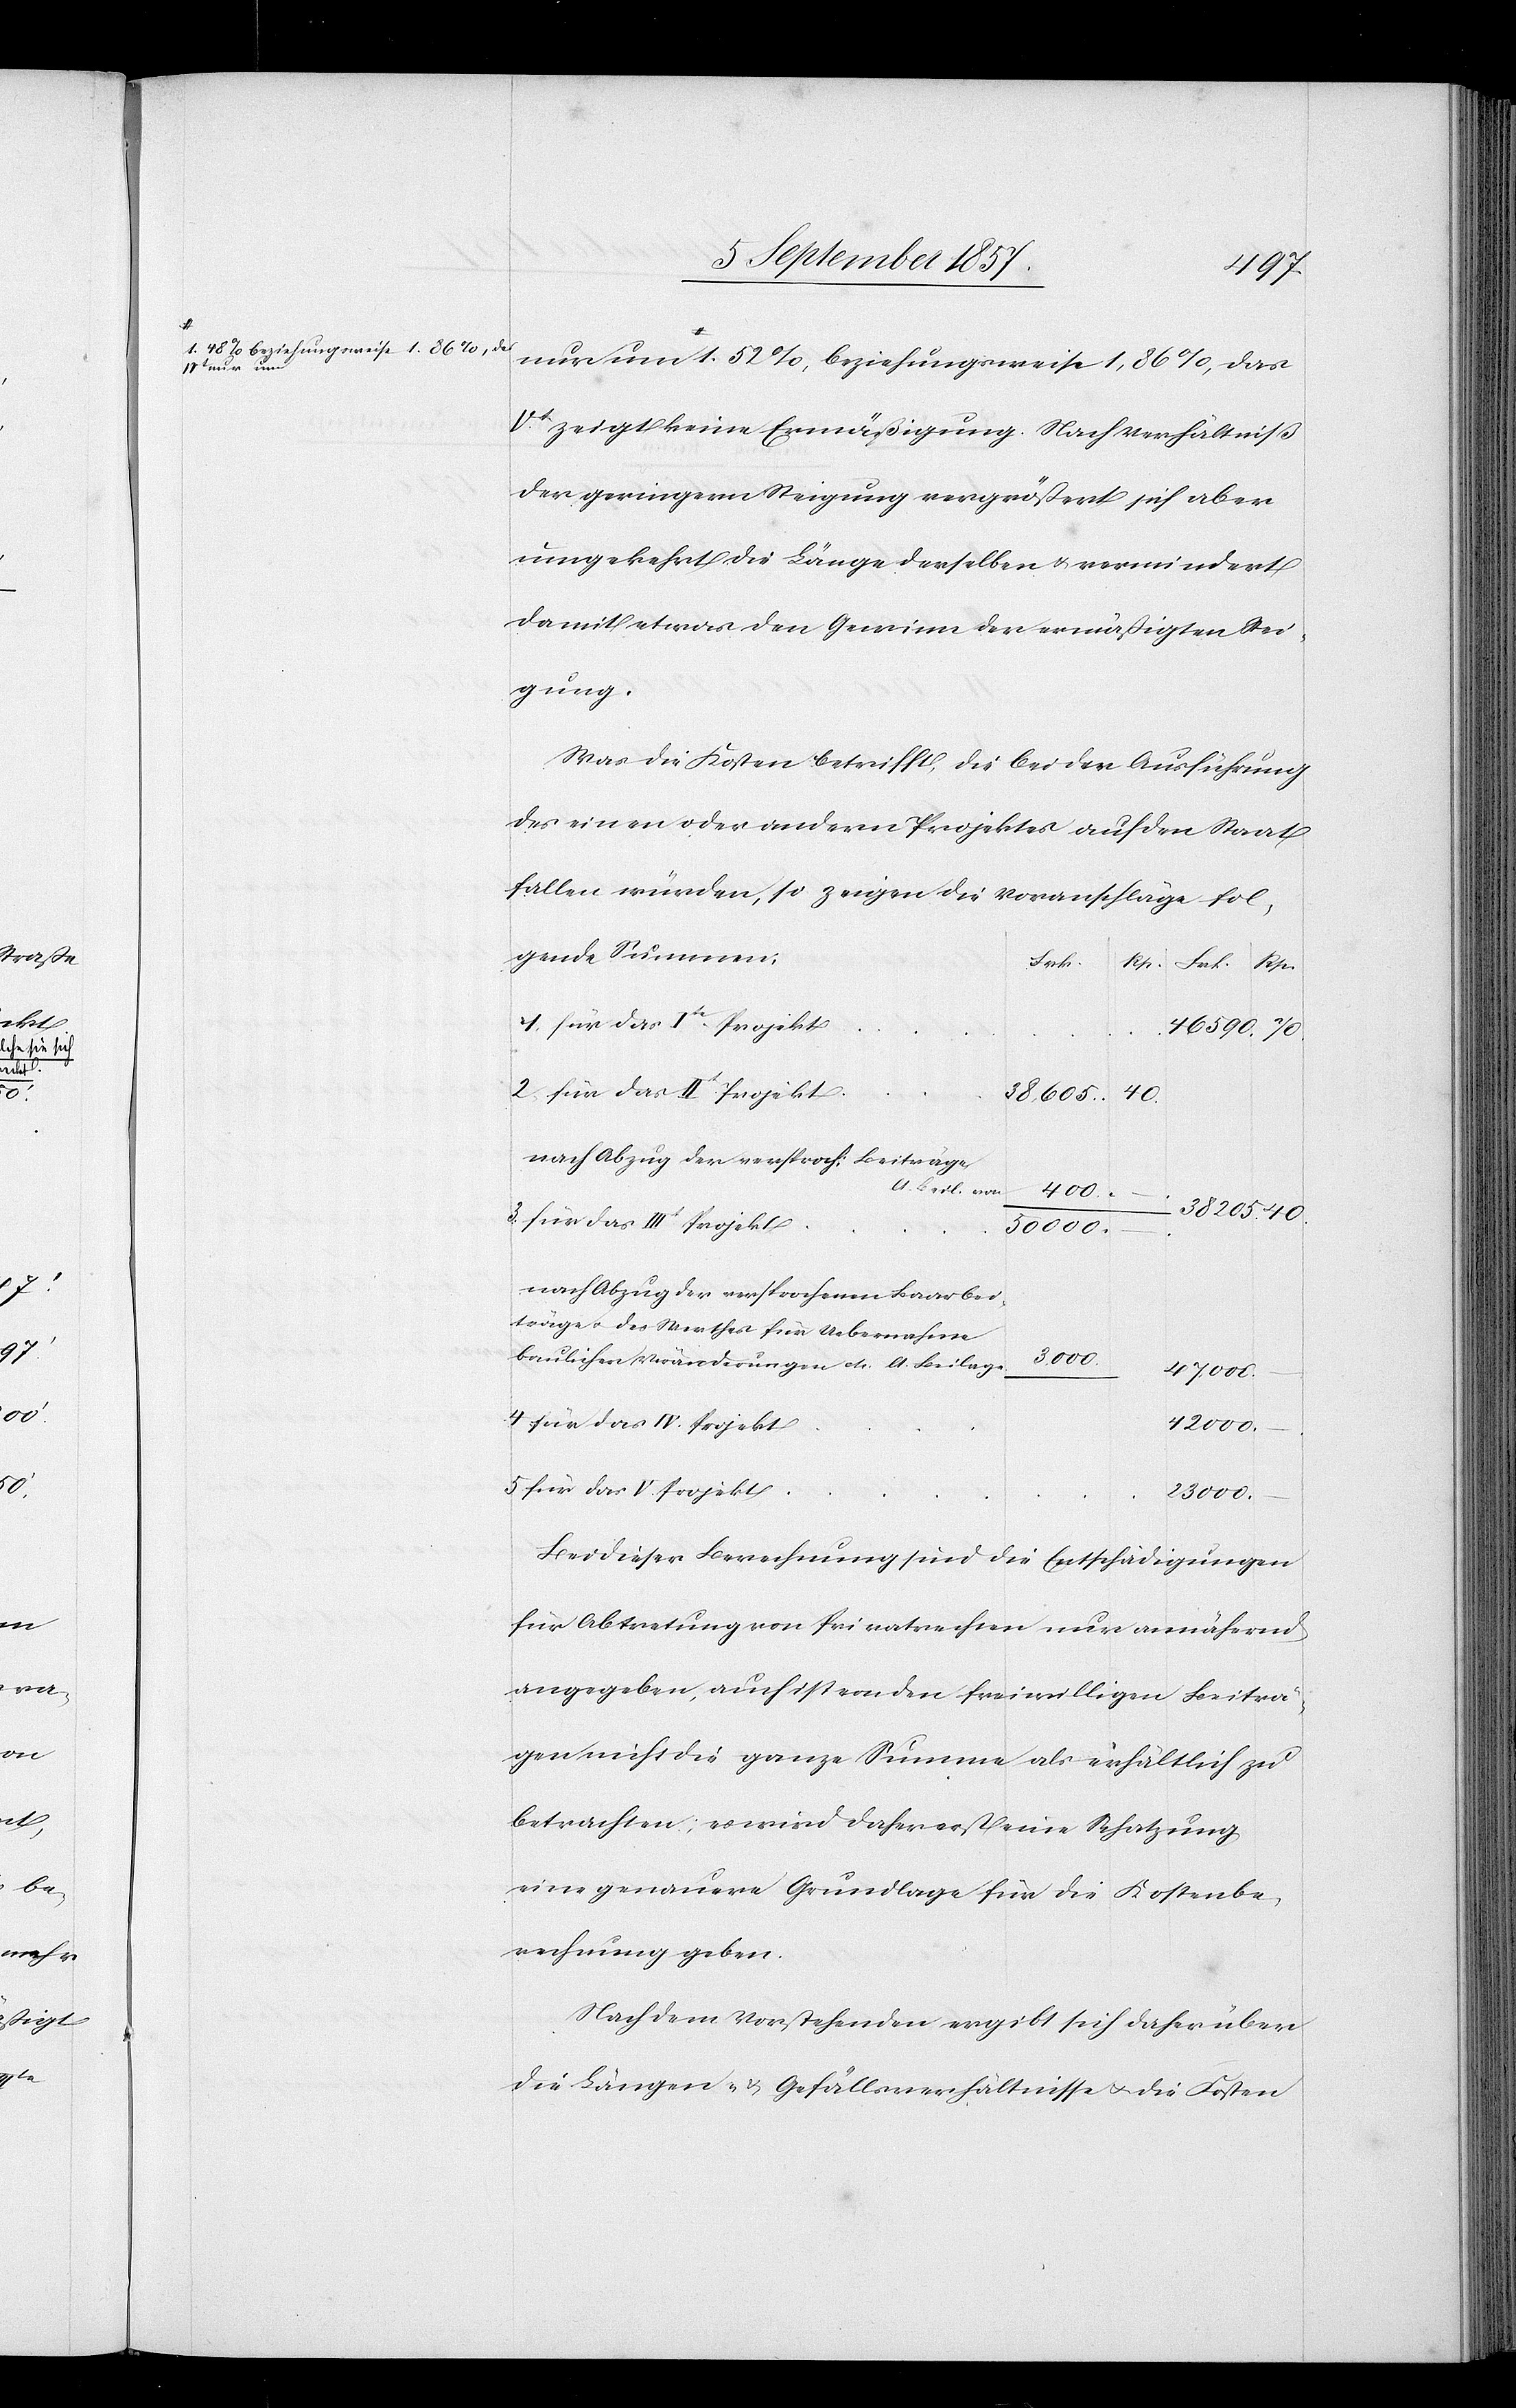
a-1.48% beziehungsweise 1.86%, das
nur um

nur um-a 1.52%, beziehungsweise 1,86%, das
Vt zeigt keine Ermäßigung. Nach Verhältniß
der geringen Steigung vergrößert sich aber
umgekehrt die Länge derselben & vermindert
damit etwas den Gewinn der ermäßigten Stei¬
gung.
Was die Kosten betrifft, die bei der Ausführung
des einen oder andern Projektes auf den Staat
fallen würden, so zeigen die Voranschläge fol¬
gende Summen:
Frk.
4. für das IV. Projekt
38,605
40
nach Abzug der versproch. Beiträge
lt. Beil. von
47000
5. für das V. Projekt
nach Abzug der versprochenen Baarbei¬
träge des Werthes für Uebernahme
42000
baulicher Veränderungen etc. lt. Beilage
23000
Bei dieser Berechnung sind die Entschädigungen
für Abtretung von Privatrechten nur annähernd
angegeben, auch ist von den freiwilligen Beiträ¬
gen nicht die ganze Summe als erhältlich zu
betrachten, es wird daher erst eine Schatzung[,]
eine genauere Grundlage für die Kostenbe¬
rechnung geben.
Nach dem Vorstehenden ergibt sich daher über
die Längen- & Gefällsverhältnisse & die Kosten